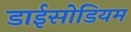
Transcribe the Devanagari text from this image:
डाईसोडियम